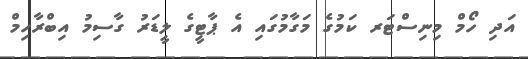
އަދި ހޯމް މިނިސްޓަރ ކަމުގެ މަގާމުގައި އެ ޕާޓީގެ ލީޑަރު ގާސިމު އިބްރާހިމް